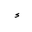
Letter: _hamza